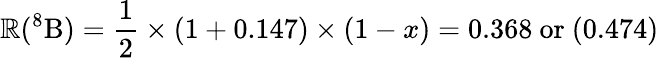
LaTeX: \mathbb{R}(^{8}\mathrm{{B}})={\frac{{1}}{{2}}}\times(1+0.147)\times(1-x)=0.368\ \mathrm{{or}}\ (0.474)